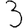
Digit: 3